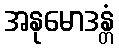
အနုမောဒန္တံ